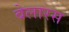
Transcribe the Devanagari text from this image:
बेलारस